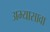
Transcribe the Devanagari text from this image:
अभ्यासावा